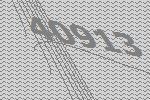
40913